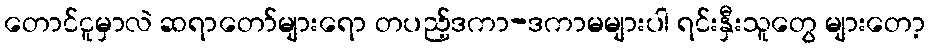
တောင်ငူမှာလဲ ဆရာတော်များရော တပည့်ဒကာ-ဒကာမများပါ ရင်းနှီးသူတွေ များတော့